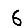
Digit: 6